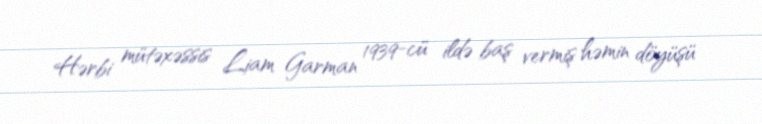
Hərbi mütəxəssis Liam Garman 1939-cü ildə baş vermiş həmin döyüşü